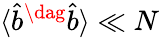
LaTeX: \langle\hat{b}^{\dag}\hat{b}\rangle\ll N